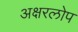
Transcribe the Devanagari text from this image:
अक्षरलोप